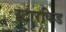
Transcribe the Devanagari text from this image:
स्टारकिड